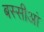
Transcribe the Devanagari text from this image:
बस्सीआं